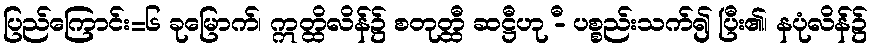
ပြည်ကြောင်း=၆ ခုမြောက်၊ ဣတ္ထိလိန်၌ စတုတ္ထီ ဆဋ္ဌီဟု -ီ ပစ္စည်းသက်၍ ပြီး၏၊ နပုံလိန်၌